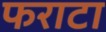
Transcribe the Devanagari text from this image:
फराटा